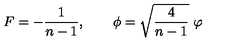
F = - \frac 1 { n - 1 } , \qquad \phi = \sqrt { \frac 4 { n - 1 } } \ \varphi